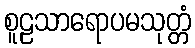
စူဠသာရောပမသုတ္တံ